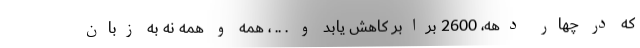
که در چهار دهه، 2600 برابر کاهش یابد و . .. ، همه و همه نه به زبان